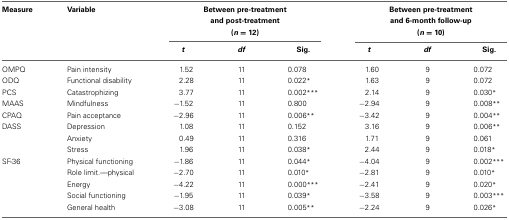
<table><thead><tr><td><b>Measure</b></td><td><b>Variable</b></td><td colspan="3"><b>Between pre-treatment and post-treatment</b></td><td colspan="3"><b>Between pre-treatment and 6-month follow-up</b></td></tr><tr><td></td><td></td><td colspan="3"><b>(<i>n</i> = 12)</b></td><td colspan="3"><b>(<i>n</i> = 10)</b></td></tr><tr><td></td><td></td><td><b><i>t</i></b></td><td><b><i>df</i></b></td><td><b>Sig.</b></td><td><b><i>t</i></b></td><td><b><i>df</i></b></td><td><b>Sig.</b></td></tr></thead><tbody><tr><td>OMPQ</td><td>Pain intensity</td><td>1.52</td><td>11</td><td>0.078</td><td>1.60</td><td>9</td><td>0.072</td></tr><tr><td>ODQ</td><td>Functional disability</td><td>2.28</td><td>11</td><td>0.022<sup>*</sup></td><td>1.63</td><td>9</td><td>0.072</td></tr><tr><td>PCS</td><td>Catastrophizing</td><td>3.77</td><td>11</td><td>0.002<sup>***</sup></td><td>2.14</td><td>9</td><td>0.030<sup>*</sup></td></tr><tr><td>MAAS</td><td>Mindfulness</td><td>−1.52</td><td>11</td><td>0.800</td><td>−2.94</td><td>9</td><td>0.008<sup>**</sup></td></tr><tr><td>CPAQ</td><td>Pain acceptance</td><td>−2.96</td><td>11</td><td>0.006<sup>**</sup></td><td>−3.42</td><td>9</td><td>0.004<sup>**</sup></td></tr><tr><td>DASS</td><td>Depression</td><td>1.08</td><td>11</td><td>0.152</td><td>3.16</td><td>9</td><td>0.006<sup>**</sup></td></tr><tr><td></td><td>Anxiety</td><td>0.49</td><td>11</td><td>0.316</td><td>1.71</td><td>9</td><td>0.061</td></tr><tr><td></td><td>Stress</td><td>1.96</td><td>11</td><td>0.038<sup>*</sup></td><td>2.44</td><td>9</td><td>0.018<sup>*</sup></td></tr><tr><td>SF-36</td><td>Physical functioning</td><td>−1.86</td><td>11</td><td>0.044<sup>*</sup></td><td>−4.04</td><td>9</td><td>0.002<sup>***</sup></td></tr><tr><td> </td><td>Role limit.—physical</td><td>−2.70</td><td>11</td><td>0.010<sup>*</sup></td><td>−2.81</td><td>9</td><td>0.010<sup>*</sup></td></tr><tr><td> </td><td>Energy</td><td>−4.22</td><td>11</td><td>0.000<sup>***</sup></td><td>−2.41</td><td>9</td><td>0.020<sup>*</sup></td></tr><tr><td> </td><td>Social functioning</td><td>−1.95</td><td>11</td><td>0.039<sup>*</sup></td><td>−3.58</td><td>9</td><td>0.003<sup>***</sup></td></tr><tr><td> </td><td>General health</td><td>−3.08</td><td>11</td><td>0.005<sup>**</sup></td><td>−2.24</td><td>9</td><td>0.026<sup>*</sup></td></tr></tbody></table>